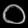
Digit: ၀